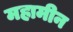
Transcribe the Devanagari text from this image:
महामीन